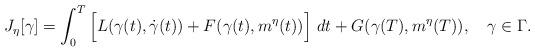
LaTeX: \begin{align*}J_\eta [\gamma]=\int_0^T \Big[L(\gamma(t),\dot \gamma(t))+ F(\gamma(t),m^\eta(t))\Big]\ dt + G(\gamma(T),m^\eta(T)), \ \ \ \gamma\in\Gamma.\end{align*}